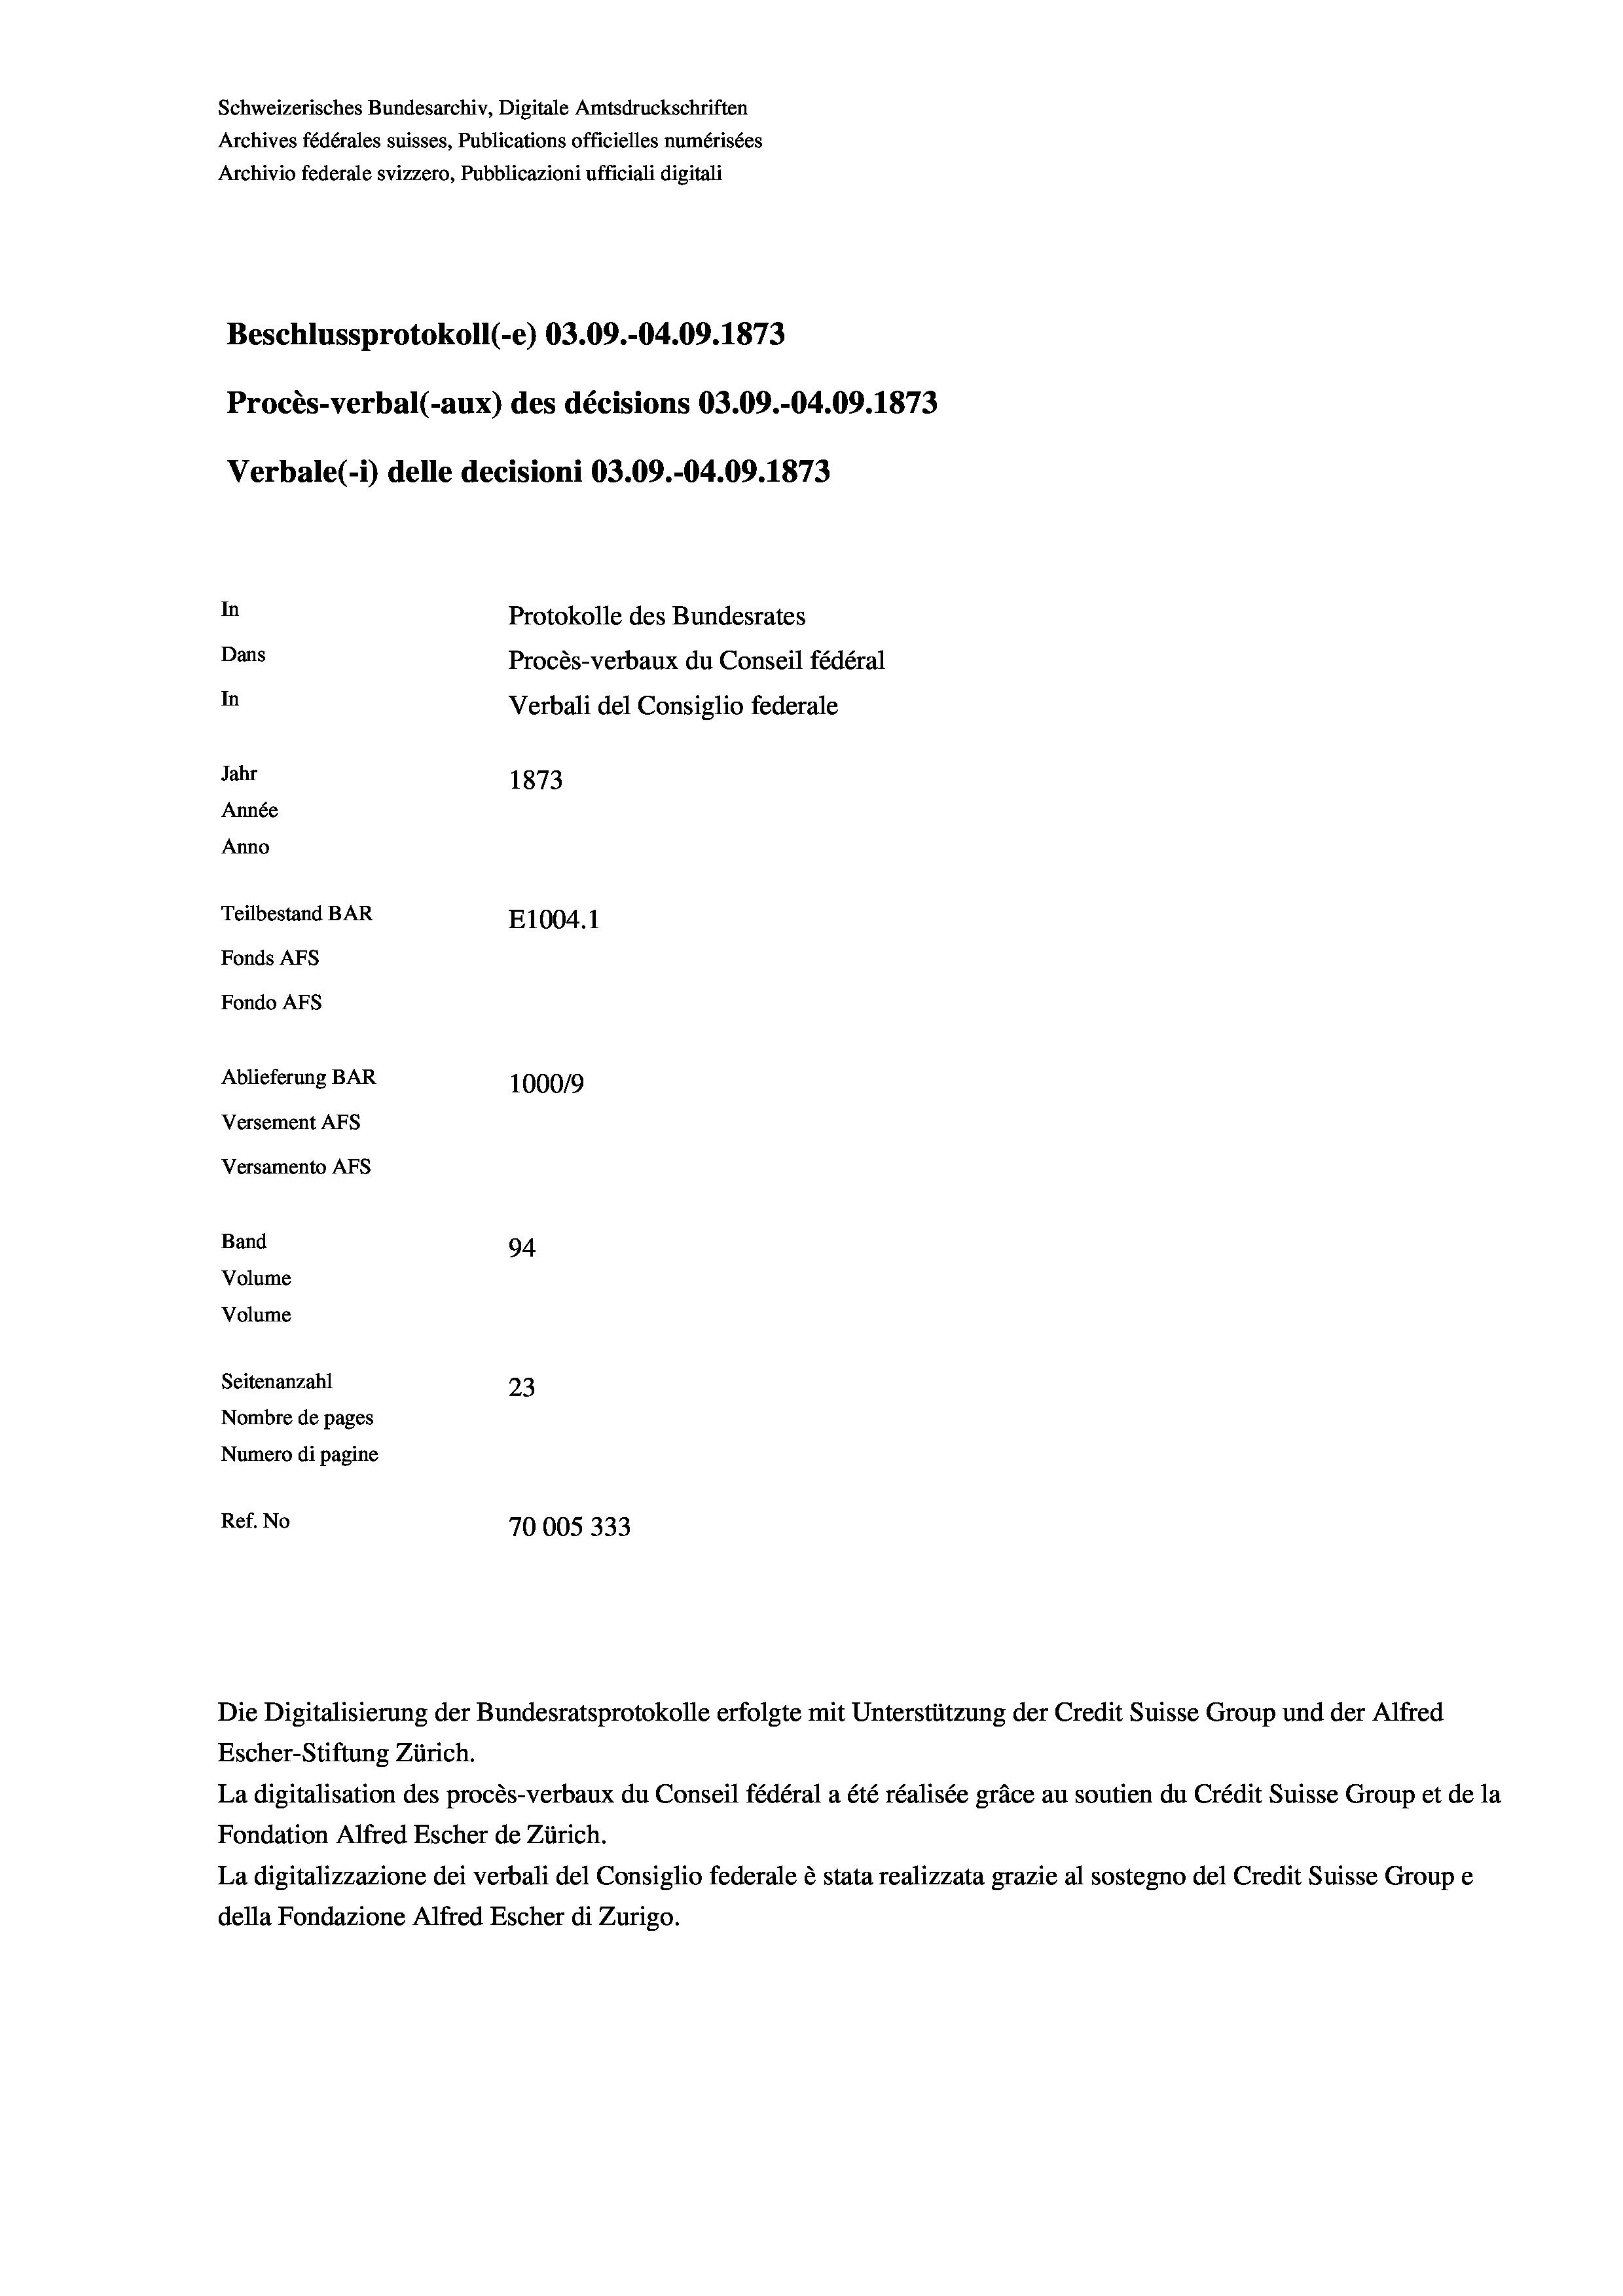
Schweizerisches Bundesarchiv, Digitale Amtsdruckschriften
Archives fédérales suisses, Publications officielles numérisées
Archivio federale svizzero, Pubblicazioni ufficiali digitali
Beschlussprotokoll (-e) 03.09.-04.09. 1873
Procès-verbal (-aux) des décisions 03.09.-04.09. 1873
Verbale(*) delle decisioni 03.09.-04.09. 1873
In
Protokolle des Bundesrates
Dans
Procès-verbaux du Conseil fédéral
In
Verbali del Consiglio federale
Jahr
1873
Année
Anno
Teilbestand BAR
E1004. 1
Fonds AFs
Fondo AFS
Ablieferung BAR
100019
Versement AFs
Versamento Afs
Band
94.
Volume
Volume
Seitenanzahl
23
Nombre de pages
Numero di pagine
Ref. No
70005333

La digitalisation des procès-verbaux du Conseil fédéral a été réalisée gräce au soutien du Crédit Suisse Group et de la
Fondation Alfred Escher de Zürich.
La digitalizzazione dei verbali del Consiglio federale è stata realizzata grazie al sostegno del Credit Suisse Groupe
della Fondazione Alfred Escher di Zurigo.

Die Digitalisierung der Bundesratsprotokolle erfolgte mit Unterstützung der Credit Suisse Group und der Alfred
Escher-Stiftung Zürich.